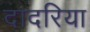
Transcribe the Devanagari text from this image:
दादरिया